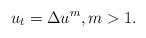
LaTeX: \begin{align*} u_t= \Delta u^m, m > 1. \end{align*}